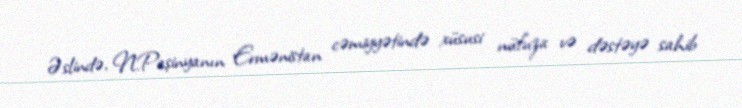
Əslində, N.Paşinyanın Ermənistan cəmiyyətində xüsusi nüfuza və dəstəyə sahib